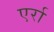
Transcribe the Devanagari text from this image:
एर्रा